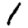
Digit: 1